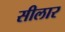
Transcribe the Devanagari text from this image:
सीलार